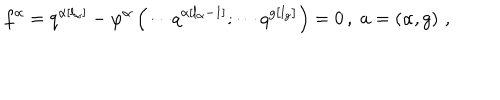
f ^ { \alpha } = q ^ { \alpha \left[ l _ { \alpha } \right] } - \varphi ^ { \alpha } \left( \cdots q ^ { \alpha \left[ l _ { \alpha } - 1 \right] } ; \cdots q ^ { g \left[ l _ { g } \right] } \right) = 0 \, , \; a = \left( \alpha , g \right) \, ,